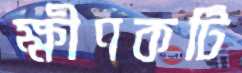
ক্ষীণকটি